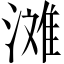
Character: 滩